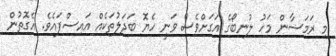
މި ރަމަޟާން މަހު ލުނބޯގެ އަގަށްވެސް ވަނީ ހެޔޮ ބަދަލުތަކެއް އައިސްފައެވެ. އެގޮތުން